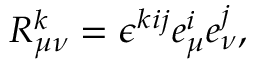
R _ { \mu \nu } ^ { k } = \epsilon ^ { k i j } e _ { \mu } ^ { i } e _ { \nu } ^ { j } ,